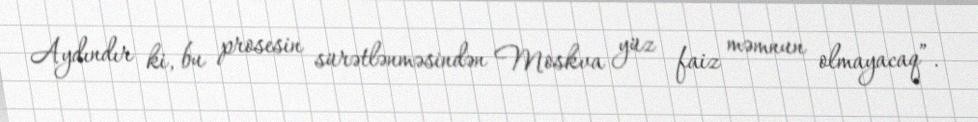
Aydındır ki, bu prosesin sürətlənməsindən Moskva yüz faiz məmnun olmayacaq”.